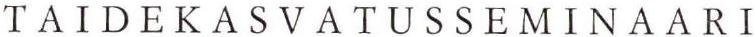
TAIDEKASVATUSSEMINAARI